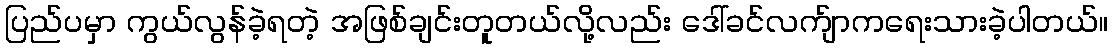
ပြည်ပမှာ ကွယ်လွန်ခဲ့ရတဲ့ အဖြစ်ချင်းတူတယ်လို့လည်း ဒေါ်ခင်လက်ျာကရေးသားခဲ့ပါတယ်။